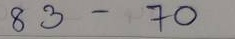
83 - 70